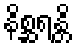
နိစ္ဆရန္တိ